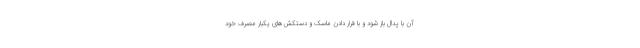
آن با پدال باز ‌شود و با قرار دادن ماسک و دستکش‌های یکبار مصرف خود